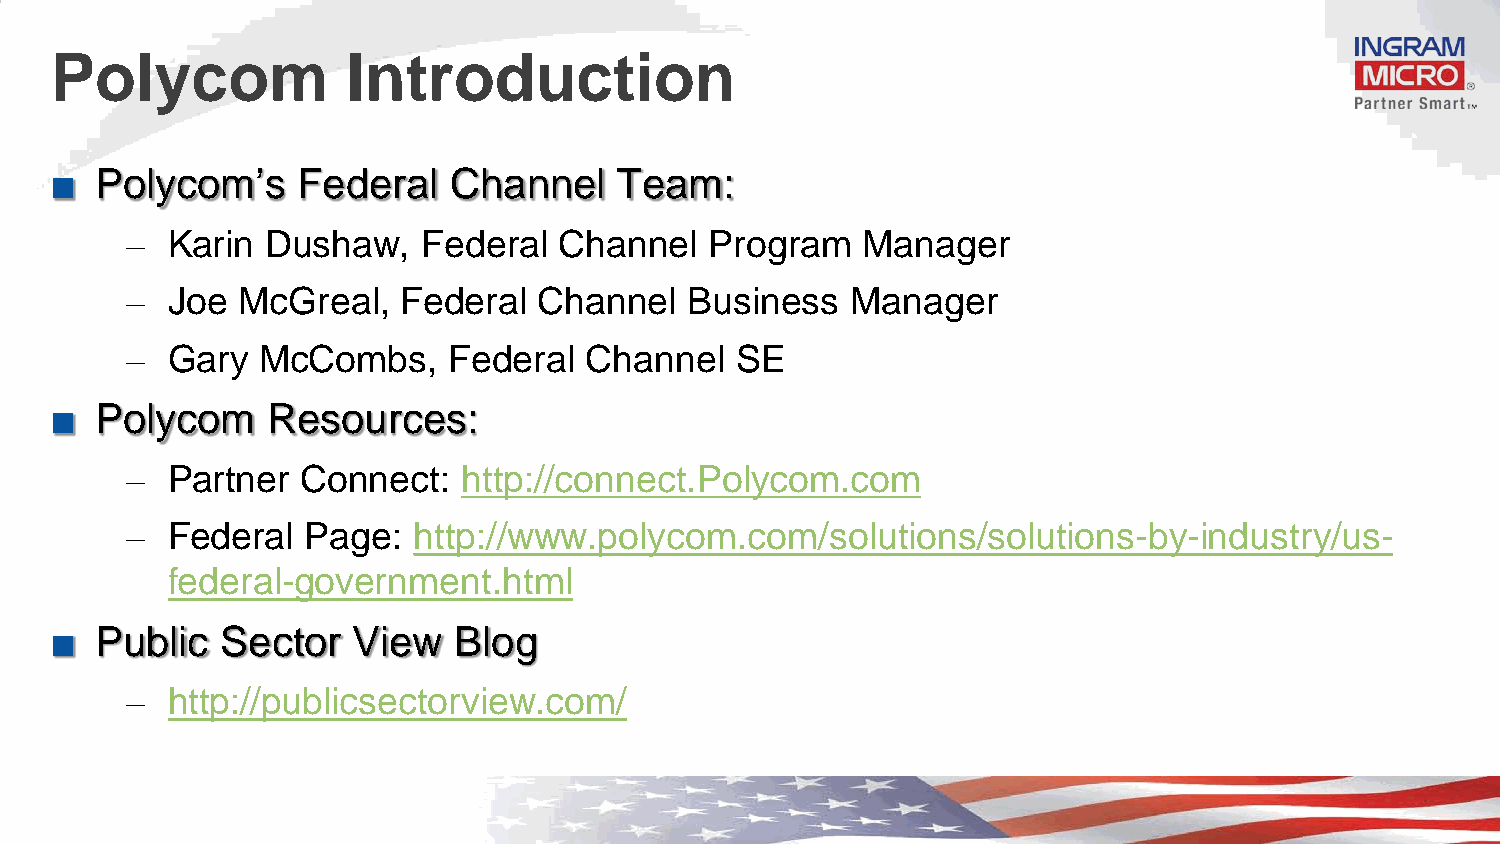
Polycom             Introduction
 ■  Polycom’s     Federal   Channel    Team:
 –  Karin  Dushaw,   Federal  Channel   Program   Manager
 –  Joe  McGreal,   Federal  Channel   Business  Manager
 –  Gary  McCombs,     Federal  Channel   SE
 ■  Polycom     Resources:
 –  Partner  Connect:   http://connect.Polycom.com
 –  Federal  Page:  http://www.polycom.com/solutions/solutions-by-industry/us-
 federal-government.html
 ■  Public   Sector  View   Blog
 –  http://publicsectorview.com/
 Confidential and proprietary information of Ingram Micro Inc. — Do not distribute or duplicate without Ingram Micro's express written permission. 1403007_2